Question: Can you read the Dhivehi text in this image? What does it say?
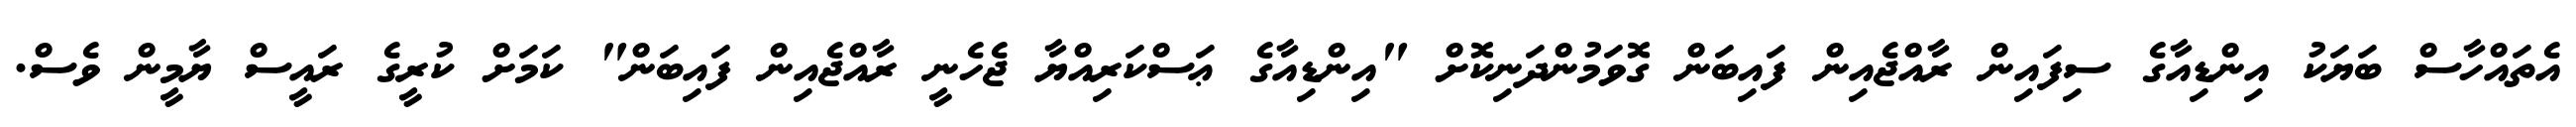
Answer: އެތައްހާސް ބަޔަކު އިންޑިއާގެ ސިފައިން ރާއްޖެއިން ފައިބަން ގޮވަމުންދަނިކޮށް "އިންޑިއާގެ ޢަސްކަރިއްޔާ ޖެހެނީ ރާއްޖެއިން ފައިބަން" ކަމަށް ކުރީގެ ރައީސް ޔާމީން ވެސް.